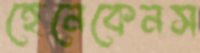
হেনেকেনস